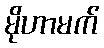
မိုဟာမက်